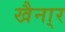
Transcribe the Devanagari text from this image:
खैना्र